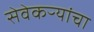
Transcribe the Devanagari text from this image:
सेवेकऱ्यांचा